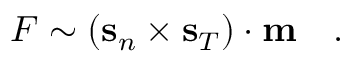
F \sim ( { \bf s } _ { n } \times { \bf s } _ { T } ) \cdot { \bf { m } } \quad .